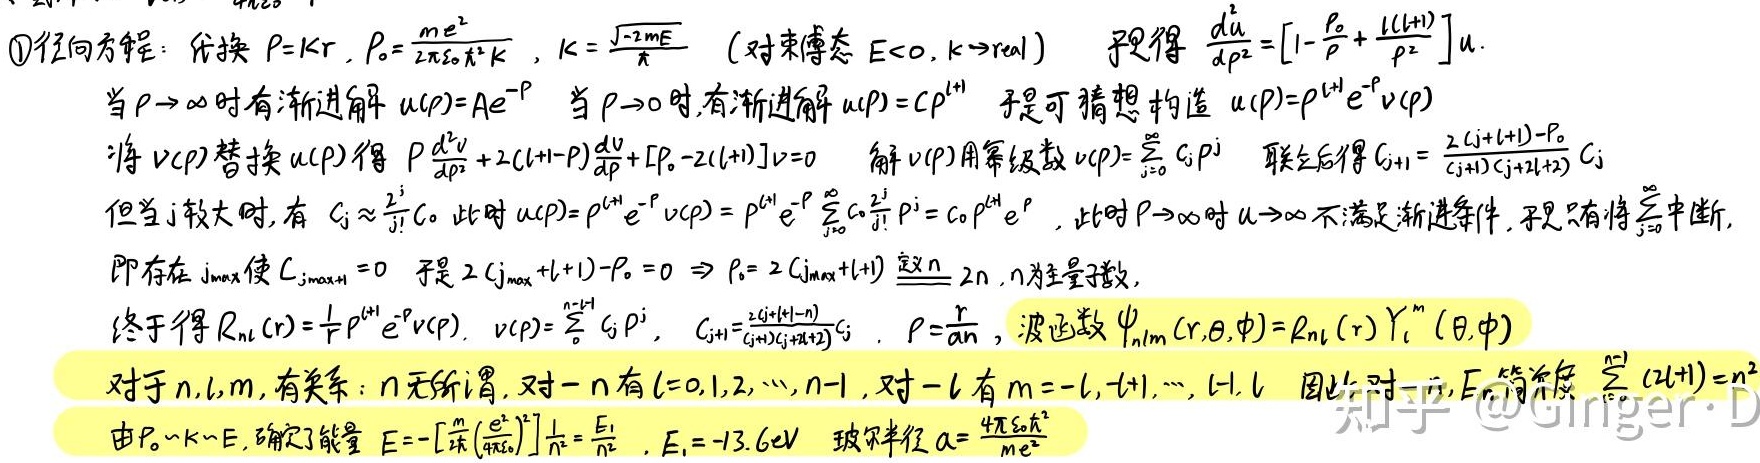
\textcircled{1}径向方程：代换 $\rho = kr$, $\rho_0 = \frac{me^2}{2\pi\varepsilon_0 \hbar^2 k}$, $k = \frac{\sqrt{-2mE}}{\hbar}$（对束缚态 $E < 0$, $k \to \text{real}$）  于是得 $\frac{d^2u}{d\rho^2} = \left[1 - \frac{\rho_0}{\rho} + \frac{l(l + 1)}{\rho^2}\right]u$.
当 $\rho \to \infty$ 时有渐进解 $u(\rho) = Ae^{-\rho}$ 当 $\rho \to 0$ 时,有渐进解 $u(\rho) = C\rho^{l + 1}$ 于是可猜想构造 $u(\rho) = \rho^{l + 1}e^{-\rho}v(\rho)$
将 $v(\rho)$ 替换 $u(\rho)$ 得 $\rho \frac{d^2v}{d\rho^2} + 2(l + 1 - \rho)\frac{dv}{d\rho} + [\rho_0 - 2(l + 1)]v = 0$ 解 $v(\rho)$ 用幂级数 $v(\rho) = \sum_{j = 0}^{\infty} C_j\rho^j$ 联立后得 $C_{j + 1} = \frac{2(j + l + 1) - \rho_0}{(j + 1)(j + 2l + 2)}C_j$
但当 $j$ 较大时, 有 $C_j \approx \frac{2^j}{j!}C_0$ 此时 $u(\rho) = \rho^{l + 1}e^{-\rho}v(\rho) = \rho^{l + 1}e^{-\rho}\sum_{j = 0}^{\infty} C_0\frac{2^j}{j!}\rho^j = C_0\rho^{l + 1}e^{\rho}$, 此时 $\rho \to \infty$ 时 $u \to \infty$ 不满足渐进条件, 于是只有将 $\sum$ 中断,
即存在 $j_{\max}$ 使 $C_{j_{\max}+1} = 0$ 于是 $2(j_{\max}+l + 1) - \rho_0 = 0 \Rightarrow \rho_0 = 2(j_{\max}+l + 1)$ 定义 $n$ $2n$, $n$ 为主量子数,
终于得 $R_{nl}(r) = \frac{1}{r}\rho^{l + 1}e^{-\rho}v(\rho)$, $v(\rho) = \sum_{j = 0}^{n - l - 1} C_j\rho^j$, $C_{j + 1} = \frac{2(j + l + 1 - n)}{(j + 1)(j + 2l + 2)}C_j$, $\rho = \frac{r}{a_n}$, 波函数 $\psi_{nlm}(r,\theta,\phi) = R_{nl}(r)Y_l^m(\theta,\phi)$
对于 $n,l,m$, 有关系：$n$ 无所谓, 对一 $n$ 有 $l = 0,1,2,\cdots,n - 1$, 对一 $l$ 有 $m = -l,-l + 1,\cdots,l - 1,l$ 因此对于, $E_n$ 简并度 $\sum_{l = 0}^{n - 1}(2l + 1) = n^2$
由 $\rho_0 \sim k \sim E$, 确定了能量 $E = -\left[\frac{m}{2\hbar^2}\left(\frac{e^2}{4\pi\varepsilon_0}\right)^2\right]\frac{1}{n^2} = \frac{E_1}{n^2}$, $E_1 = -13.6\text{eV}$ 玻尔半径 $a = \frac{4\pi\varepsilon_0\hbar^2}{me^2}$